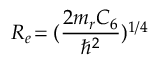
R _ { e } \! = ( \frac { 2 m _ { r } C _ { 6 } } { \hbar ^ { 2 } } ) ^ { 1 / 4 }